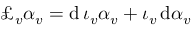
\pounds _ { v } \alpha _ { v } = \mathrm { d } \, \iota _ { v } \alpha _ { v } + \iota _ { v } \, \mathrm { d } \alpha _ { v }